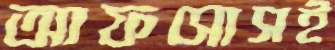
আফসোসই